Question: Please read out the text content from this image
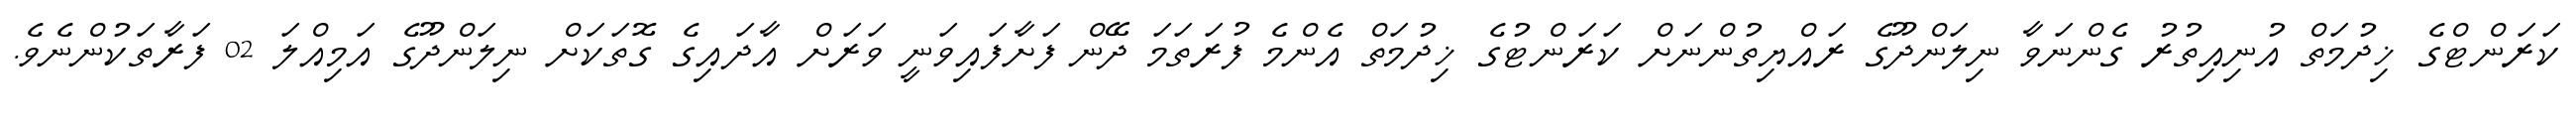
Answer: ކަރަންޓްގެ ޚިދުމަތް އުނިއިތުރު ގެންނަވާ ނިލަންދޫގެ ރައްޔިތުންނަށް ކަރަންޓުގެ ޚިދުމަތް އެންމެ ފުރަތަމަ ދޭން ފަށާފައިވަނީ ވަރަށް އާދައިގެ ގޮތަކަށް ނިލަންދޫގެ އަމިއްލަ 02 ފަރާތަކުންނެވެ.